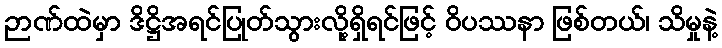
ဉာဏ်ထဲမှာ ဒိဋ္ဌိအရင်ပြုတ်သွားလို့ရှိရင်ဖြင့် ဝိပဿနာ ဖြစ်တယ်၊ သိမှုနဲ့